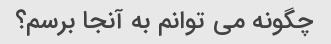
چگونه می توانم به آنجا برسم؟